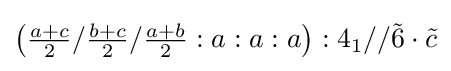
\left({\tfrac {a+c}{2}}/{\tfrac {b+c}{2}}/{\tfrac {a+b}{2}}:a:a:a\right):4_{1}//{\tilde {6}}\cdot {\tilde {c}}